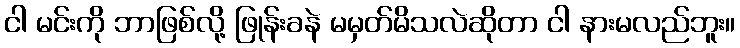
ငါ မင်းကို ဘာဖြစ်လို့ ဖြုန်းခနဲ မမှတ်မိသလဲဆိုတာ ငါ နားမလည်ဘူး။